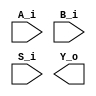
`timescale 1ns / 1ps

// EC-311 Lab-1 Part-2
  // The names of the variables are as described in the lab handout

module alu_4_bit #
(
  parameter INPUT_WIDTH = 4,
  parameter OUTPUT_WIDTH = 8,
  parameter SELECT_WIDTH = 2
)
(
  // The inputs 
  input wire [INPUT_WIDTH-1:0]      A_i,
  input wire [INPUT_WIDTH-1:0]      B_i,
  input wire [SELECT_WIDTH-1:0]     S_i,

  // The outputs
  output wire [OUTPUT_WIDTH-1:0]           Y_o

);



endmodule